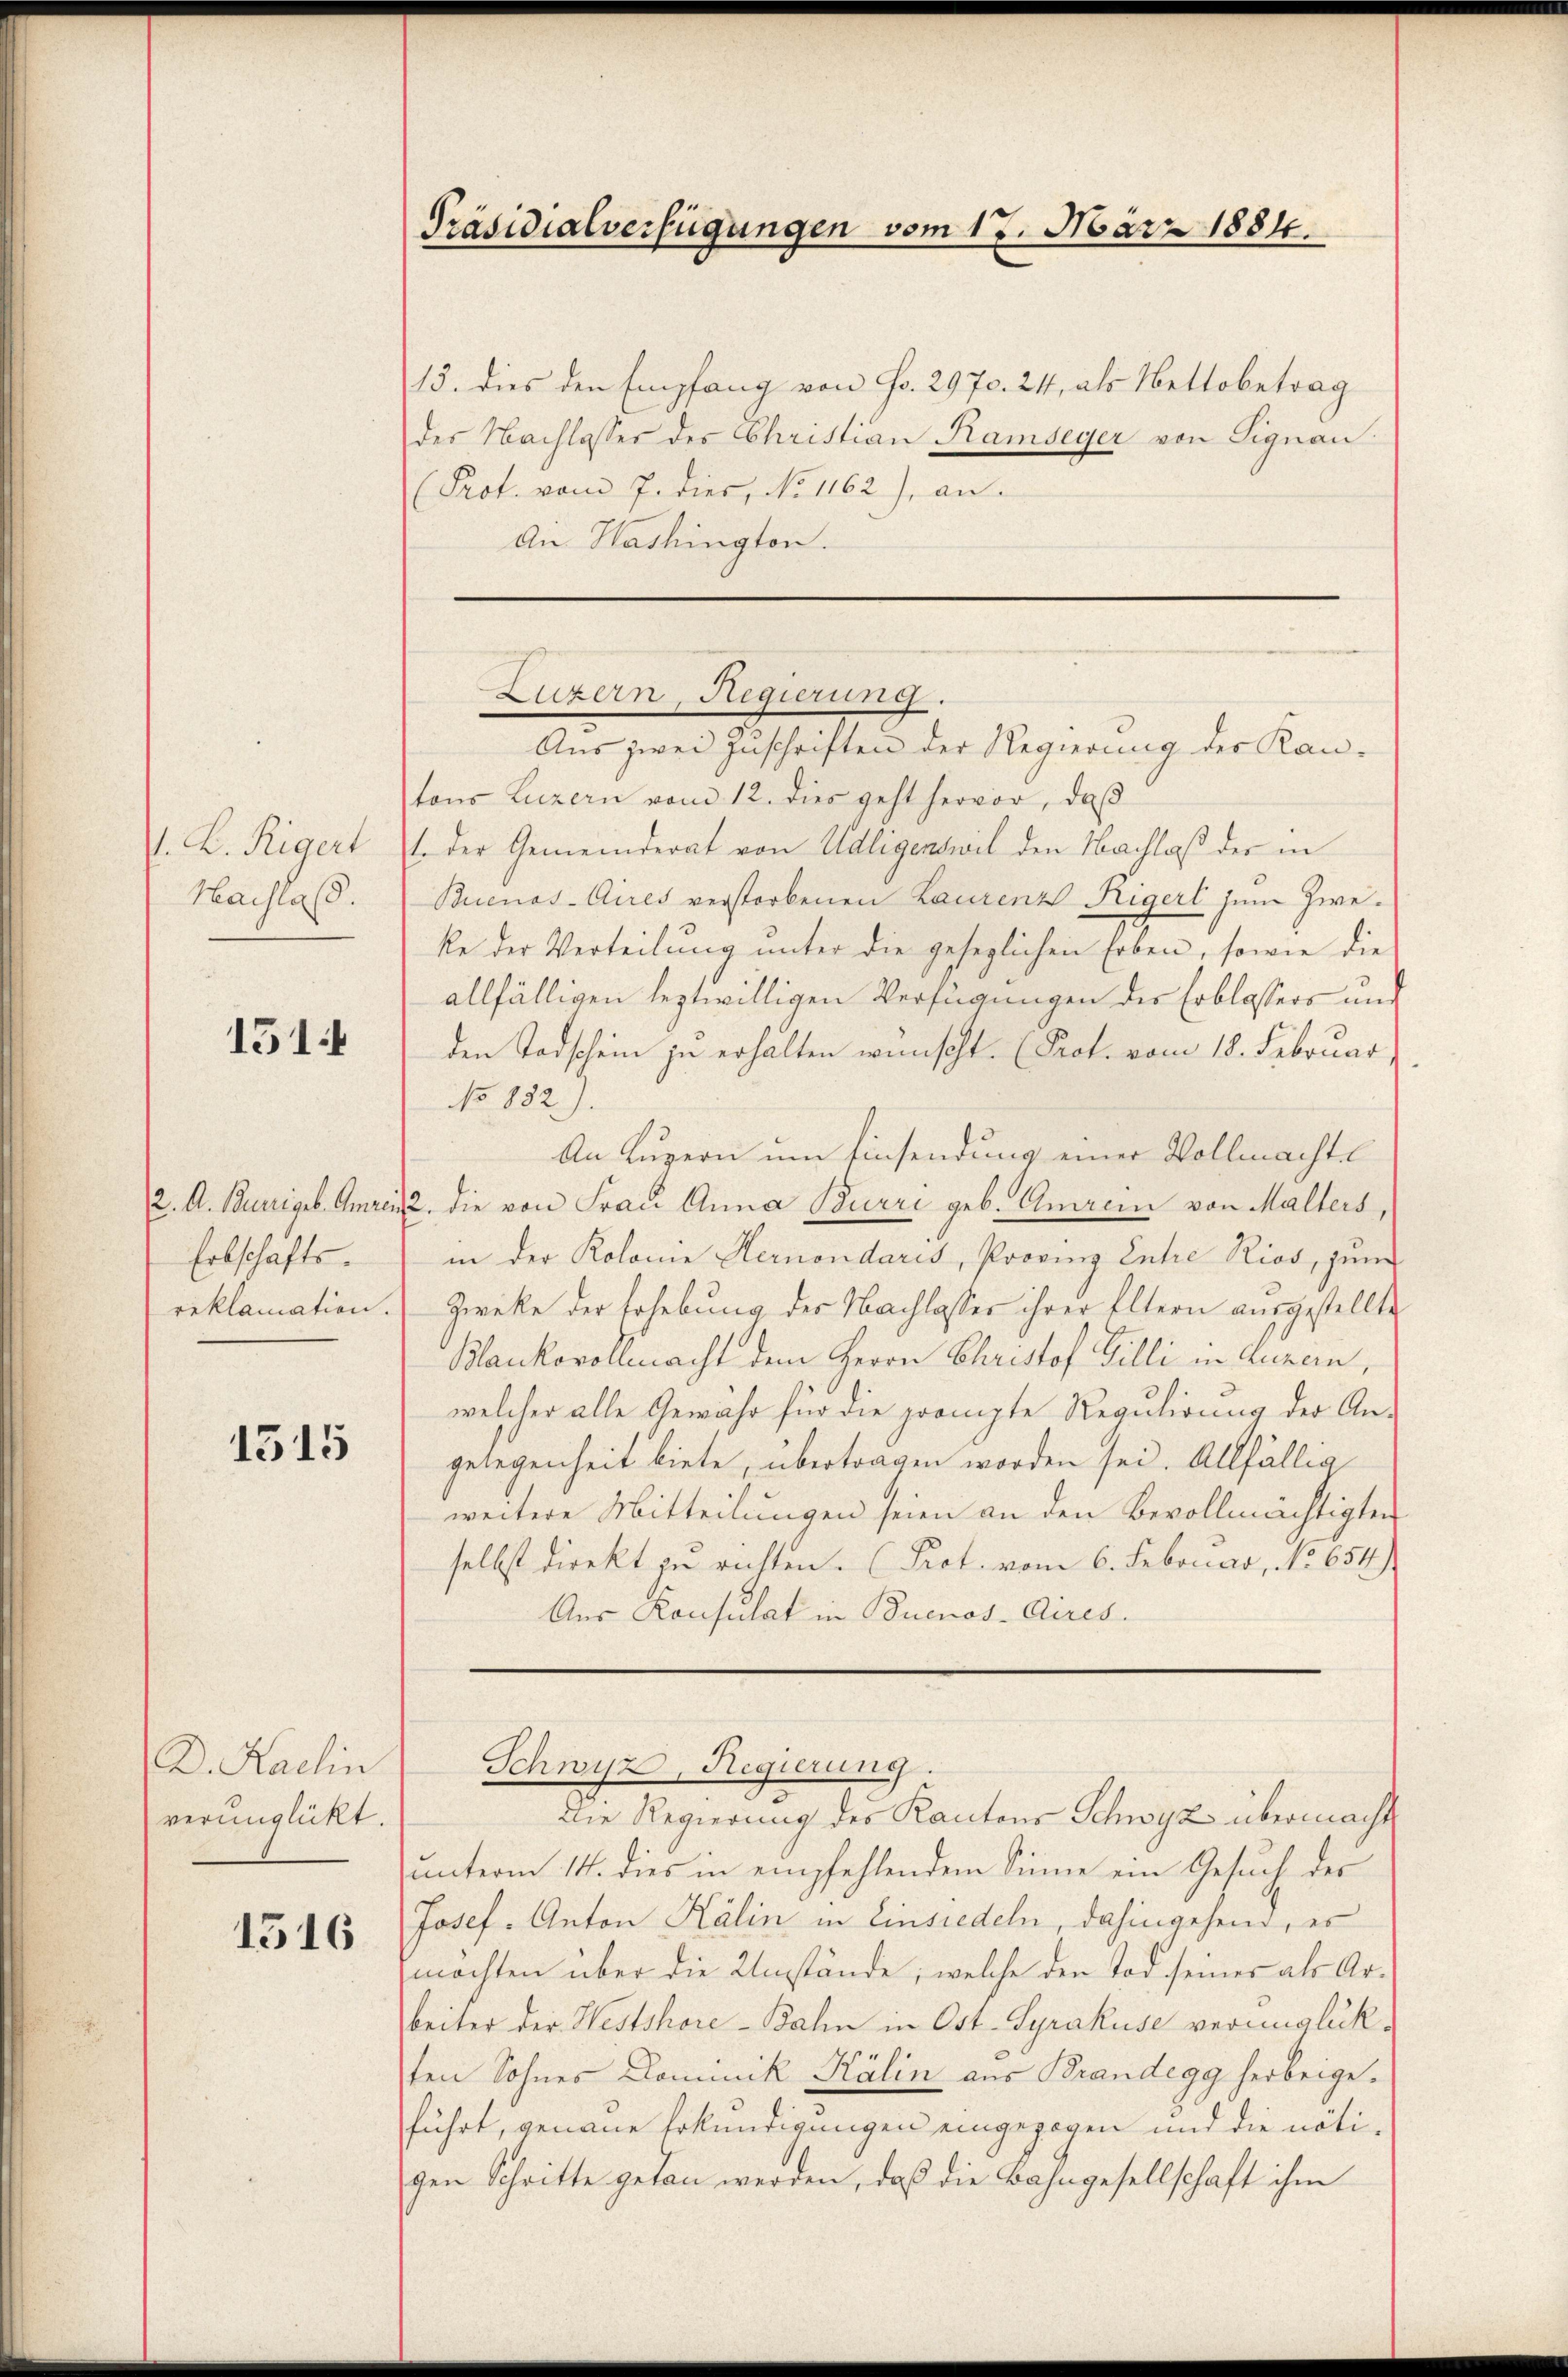
1. K. Rigert
Hachlas.

1514

2. A. Burriget. Anrein
Erbschaftsreklamation.

1515

D. Karlin
verunglückt.

1516

15. dies den Empfang von Fr. 2970. 24, als Nettobetrag
des Nachlasser des Christian Ramseyer von Signau:
(Prot. vom 7. dies, No 1162), an.
An Washington.

Präsidialverfügungen vom 17. März 1884.

Luzern, Regierung.
Aus zwei Zuschriften der Regierung der Kan¬

tons Luzern vom 12. dies geht hervor, daß
1. der Gemeinderat von Adligenswil den Nachlaß der in
Buenos-Aires verstorbenen Laurenz Rigerl zum Zweke der Verteilung unter die gesezlichen Erben, sowie die
allfälligen leztwilligen Verfügungen des Erblassers und
den Todschein zu erhalten wünscht. (Prot. vom 18. Februar
No 882).
An Luzern um Einsendung einer Vollmachte
2. die von Frau Anna Burri geb. Amrein von Malters
in der Kolonie Hernondaris, Provinz Entre Rios, jun
Zweke der Erhebung der Nachlasser ihrer Eltern ausgestellte
Blankovollmacht dem Herrn Christof Gilli in Luzern,
welcher alle Gewähr für die prompte Regulirung der An-
gelegenheit biete, übertragen worden sei. Allfällig
weitere Mitteilungen seien an den Bevollmächtigten
selbst direkt zu richten. (Prot. vom 6. Februar, No 654.)
Aus Konsulat in Buenos-Aires.

Schwyz, Regierung.

Die Regierung des Kantons Schwyz übermacht
unterm 14. dies in empfehlendem Sinne ein Gesuch des
Josef. Anton Kälin in Einsiedeln, dahingehend, es
machten über die Umstände, welche den Tod seines als Arbeiter der Westshöre-Bahn in Ost- Syrakuse verunglückten Sohnes Dominik Kälin aus Brandegg herbeigeführt, genaue Erkundigungen eingezogen und die nötigen Schritte getan werden, daß die Bahngesellschaft ihm